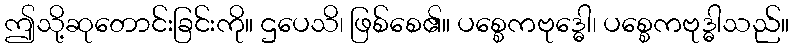
ဤသို့ဆုတောင်းခြင်းကို။ ဌပေသိ၊ ဖြစ်စေ၏။ ပစ္စေကဗုဒ္ဓေါ၊ ပစ္စေကဗုဒ္ဓါသည်။